Annual administration report of the Civil Veterinary Department of India - 1894-1895
Year: 1894
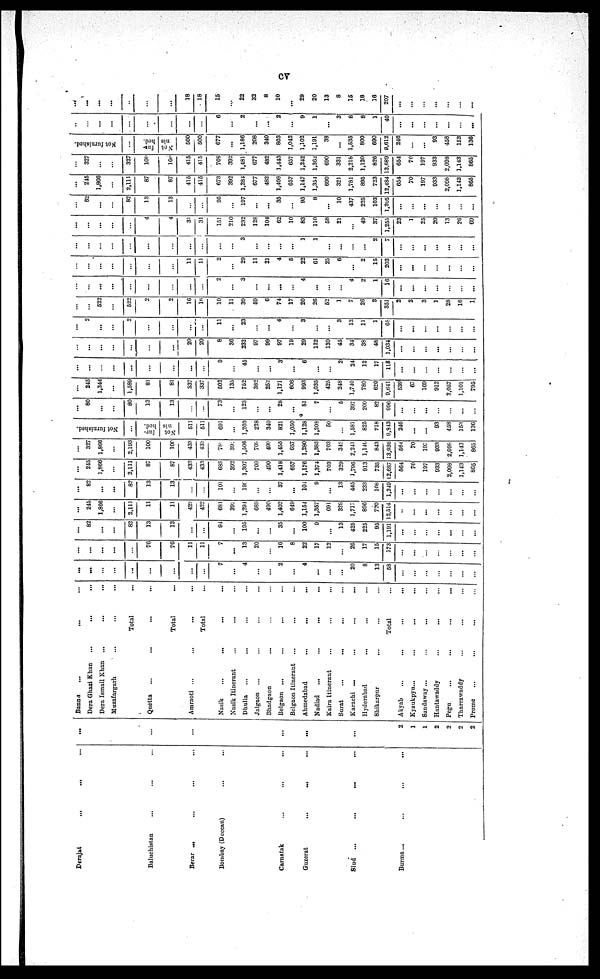
cv
Derajat
...
...
...
...
Baluchistan
... ... ...
Berar
...
...
...
...
Bombay (Deecan)
... ...
Carnatak ... ... ...
Guzerat ... ... ...
Sind
...
...
...
...
Burma ...
...
...
...
...
...
...
...
...
2
1
1
2
2
2
2
Bannu
...
... ...
Dera Ghazi Khan
...
...
...
Dera Ismail Khan ...
...
...
Muzafargarh
...
Total
...
Quetta
...
...
...
Total
...
Amraoti ...
...
...
...
Total
...
Nasik
...
...
... ...
Nasik Itinerant
... ...
Dhulia ... ... ... ...
Jalgaon ... ... ... ...
Bhadgaon ... ... ...
Belgaon ...
...
... ...
Belgaon Itinerant ... ... ...
Ahmedabad
...
...
...
Nadiad
...
...
...
...
Kaira Itinerant ... ... ...
Surat
...
...
... ...
Karachi ...
...
...
...
Hyderabad
...
...
...
Shikarpur
... ... ... ...
Total ...
Akyab
...
...
...
...
Kyaukpyu ...
...
...
...
Sandaway ...
...
... ...
Hantawaddy
...
...
...
Pegu
...
...
... ...
Tharrawaddy ... ... ...
Prome
...
... ...
...
...
...
...
...
...
...
...
...
7
...
4
...
...
2
...
4
...
...
...
20
8
13
58
...
...
...
...
...
...
...
...
...
...
...
...
76
76
11
11
7
...
13
20
...
16
8
22
17
12
...
26
17
15
173
...
...
...
...
...
...
...
...
8
...
...
82
13
13
...
...
91
...
195
...
...
35
...
100
9
...
13
425
225
95
1,191
...
...
...
...
...
...
...
...
245
1,866
...
2,111
11
11
422
422
681
392
1,294
689
490
1,402
649
1,154
1,357
691
329
1,717
896
720
12,514
...
...
...
...
...
...
...
...
82
...
...
82
13
13
...
...
101
...
199
...
...
37
...
104
9
...
13
445
233
108
1,249
...
...
...
...
...
...
...
...
245
1,866
...
2,111
87
87
433
433
688
392
1,307
709
490
1,418
657
1,176
1,374
703
329
1,796
913
735
12,687
564
70
197
933
2,098
1,143
865
...
327
1,866
...
2,193
100
100
433
433
788
392
1,506
709
490
1,455
657
1,280
1,383
703
342
2,241
1,146
843
13,936
564
70
197
933
2,098
1,143
865
Not furnished.
...
Not fur¬
nished.
511
511
691
...
1,203
228
340
821
1,050
1,128
1,208
50
...
1,581
825
718
9,843
246
...
...
93
458
153
136
...
80
...
...
80
13
13
...
...
73
...
123
...
...
28
...
81
7
...
5
397
200
82
996
...
...
...
...
...
...
...
245
1,344
...
1,589
81
81
S37
337
502
135
752
382
252
1,171
606
993
1,035
425
248
1,740
780
620
9,641
539
67
169
912
2,057
1,101
795
...
...
...
...
...
...
...
...
...
9
...
45
...
...
3
...
6
...
...
2
24
12
17
118
...
...
...
...
...
...
...
...
...
...
...
...
...
...
20
20
8
36
232
97
99
97
19
29
122
130
45
34
38
48
1,034
...
...
...
...
...
...
...
...
2
...
...
2
...
...
...
...
11
...
23
...
...
4
...
3
...
...
3
12
11
1
68
...
...
...
...
...
...
...
...
...
522
...
522
2
2
16
16
10
11
39
59
6
74
17
20
26
52
1
7
26
3
351
2
2
3
1
28
16
1
...
...
...
...
...
...
...
...
2
...
3
...
...
...
...
4
...
...
...
4
9
1
16
...
...
...
...
...
...
...
...
...
...
...
...
...
...
11
11
2
...
29
11
21
4
5
22
61
25
6
...
2
15
203
...
...
...
...
...
...
...
...
...
...
...
...
...
...
...
...
...
...
3
...
...
...
...
1
1
...
...
...
...
2
7
...
...
...
...
...
...
...
...
...
...
...
...
4
4
31
31
151
210
232
128
104
62
10
83
110
58
21
...
49
37
1,255
23
1
25
20
13
26
69
...
82
...
...
82
13
13
...
...
95
...
197
...
...
35
...
95
8
...
10
437
225
103
1,205
...
...
...
...
...
...
...
...
245
1,866
...
2,111
87
87
415
415
673
392
1,281
677
482
1,408
657
1,147
1,354
690
321
1,781
895
723
12,484
654
70
197
933
2,098
1,143
865
...
327
...
...
327
106
169
415
415
708
392
1,481
677
482
1,443
657
1,242
1,362
690
331
2,218
1,120
826
13,689
654
70
197
933
2,098
1,143
865
Not furnished.
...
Not fur¬
nished.
500
500
677
...
1,186
208
340
803
1,042
1,102
1,191
38
...
1,535
800
690
9,612
246
...
...
93
458
153
136
...
...
...
...
...
...
...
...
...
6
...
2
...
...
2
...
9
1
...
3
8
8
1
40
...
...
...
...
...
...
...
...
...
...
...
...
...
...
18
18
15
...
22
32
8
10
...
29
20
13
8
15
18
16
207
...
...
...
...
...
...
...